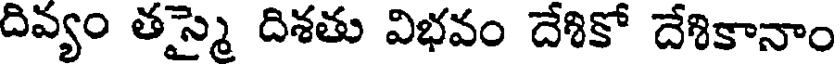
దివ్యం తస్మై దిశతు విభవం దేశికో దేశికానాం